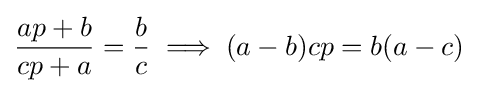
{\frac {ap+b}{cp+a}}={\frac {b}{c}}\implies (a-b)cp=b(a-c)